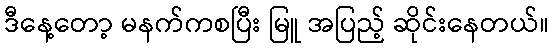
ဒီနေ့တော့ မနက်ကစပြီး မြူ အပြည့် ဆိုင်းနေတယ်။